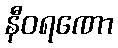
နီဝရဏော